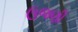
ઉજણી